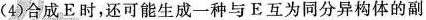
(4)合成E时，还可能生成一种与E互为同分异构体的副